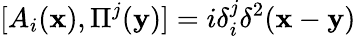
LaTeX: [A_{i}({\mathbf x}),\Pi^{j}({\mathbf y})]=i\delta_{i}^{j}\delta^{2}({\mathbf x}-{\mathbf y})